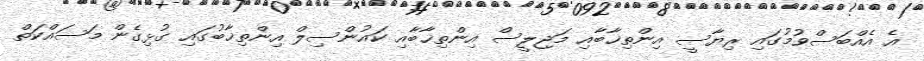
އެ އެއްބަސްވުމުގައި ރިޔާސީ އިންތިޚާބާއި މަޖިލީސް އިންތިޚާބާއި ކައުންސިލް އިންތިޚާބުގައި ގުޅިގެން މަސައްކަތް